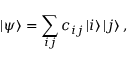
\mathinner { | { \psi } \rangle } = \sum _ { i j } c _ { i j } \mathinner { | { i } \rangle } \mathinner { | { j } \rangle } ,